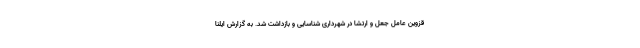
قزوین عامل جعل و ارتشا در شهرداری شناسایی و بازداشت شد. به گزارش ایلنا